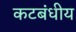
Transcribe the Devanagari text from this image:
कटबंधीय